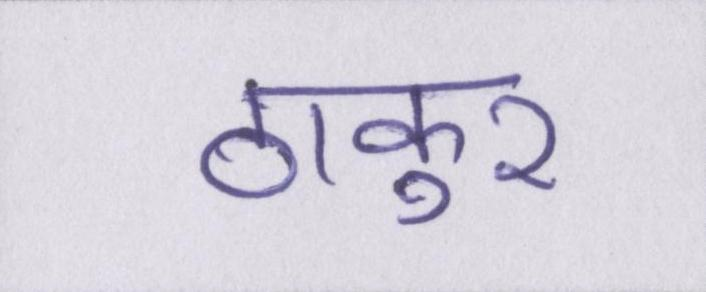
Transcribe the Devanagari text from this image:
ठाकुर